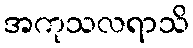
အကုသလရာသိ